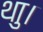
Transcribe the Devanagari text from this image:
थाु।